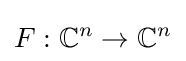
F:\mathbb {C} ^{n}\to \mathbb {C} ^{n}